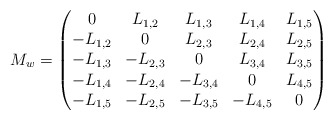
\begin{align*} M_{w} = \begin{pmatrix}0 & L_{1,2} & L_{1,3} & L_{1,4} & L_{1,5} \\-L_{1,2} & 0 & L_{2,3} & L_{2,4} & L_{2,5} \\-L_{1,3} & -L_{2,3} & 0 & L_{3,4} & L_{3,5}\\-L_{1,4} & -L_{2,4} & - L_{3,4} & 0 & L_{4,5}\\-L_{1,5} & -L_{2,5} & -L_{3,5} & - L_{4,5}& 0 \end{pmatrix}\end{align*}